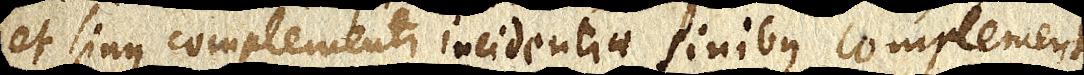
et sinus complementi incidentiae sinibus complementi